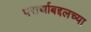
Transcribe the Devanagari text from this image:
परार्थाबद्दलच्या